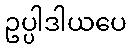
ဥပ္ပါဒါယပေ